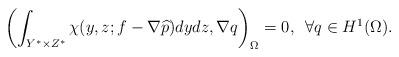
LaTeX: \begin{align*}\left( \int_{{Y^{\ast}}\times Z^{\ast}}\chi(y,z;f-\nabla\widehat{p})dydz,\nabla q\right) _{\Omega} =0,\,\,\,\forall q\in H^{1}(\Omega).\end{align*}